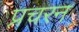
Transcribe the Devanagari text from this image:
प्रचरन